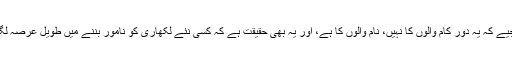
مگر کیا کیجیے کہ یہ دور کام والوں کا نہیں، نام والوں کا ہے، اور یہ بھی حقیقت ہے کہ کسی نئے لکھاری کو نامور بننے میں طویل عرصہ لگتا ہے، ہاں!